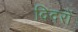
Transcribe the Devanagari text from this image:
दिदरों